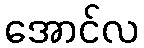
အောင်လ